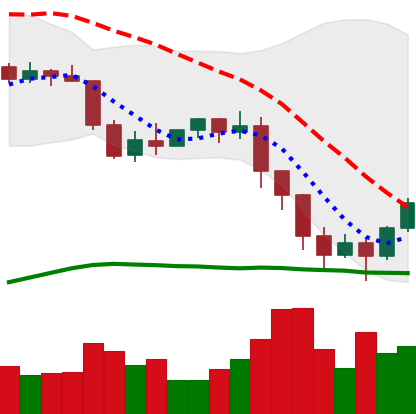
Ticker: ETH-USD
Chart end date: 2022-01-12
Forward return: -4.743%
Label: down_3_5